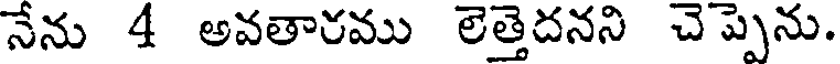
నేను 4 అవతారము లెత్తెదనని చెప్పెను.